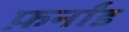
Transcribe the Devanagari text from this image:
फ़र्नांड